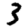
Digit: 3